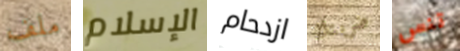
ملف الإسلام ازدحام ضربتك تنس